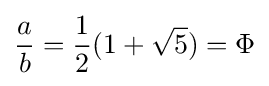
{\frac {a}{b}}={\frac {1}{2}}(1+{\sqrt {5}})=\Phi